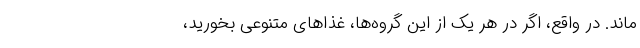
ماند. در واقع، اگر در هر یک از این گروه‌ها، غذاهای متنوعی بخورید،